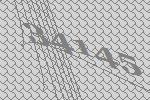
34145